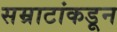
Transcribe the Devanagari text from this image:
सम्राटांकडून